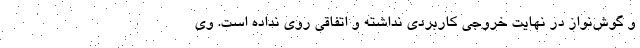
و گوش‌نواز در نهایت خروجی کاربردی نداشته و اتفاقی روی نداده است. وی